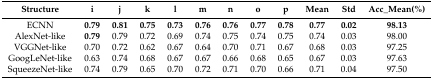
<table><thead><tr><td><b>Structure</b></td><td><b>i</b></td><td><b>j</b></td><td><b>k</b></td><td><b>l</b></td><td><b>m</b></td><td><b>n</b></td><td><b>o</b></td><td><b>p</b></td><td><b>Mean</b></td><td><b>Std</b></td><td><b>Acc_Mean(%)</b></td></tr></thead><tbody><tr><td>ECNN</td><td><b>0.79</b></td><td><b>0.81</b></td><td><b>0.75</b></td><td><b>0.73</b></td><td><b>0.76</b></td><td><b>0.76</b></td><td><b>0.77</b></td><td><b>0.78</b></td><td><b>0.77</b></td><td><b>0.02</b></td><td><b>98.13</b></td></tr><tr><td>AlexNet-like</td><td><b>0.79</b></td><td>0.79</td><td>0.72</td><td>0.69</td><td>0.74</td><td>0.75</td><td>0.74</td><td>0.75</td><td>0.74</td><td>0.03</td><td>98.00</td></tr><tr><td>VGGNet-like</td><td>0.70</td><td>0.72</td><td>0.62</td><td>0.67</td><td>0.64</td><td>0.70</td><td>0.71</td><td>0.67</td><td>0.68</td><td>0.03</td><td>97.25</td></tr><tr><td>GoogLeNet-like</td><td>0.63</td><td>0.74</td><td>0.68</td><td>0.67</td><td>0.67</td><td>0.66</td><td>0.68</td><td>0.65</td><td>0.67</td><td>0.03</td><td>97.63</td></tr><tr><td>SqueezeNet-like</td><td>0.74</td><td>0.79</td><td>0.65</td><td>0.70</td><td>0.72</td><td>0.71</td><td>0.70</td><td>0.66</td><td>0.71</td><td>0.04</td><td>97.50</td></tr></tbody></table>